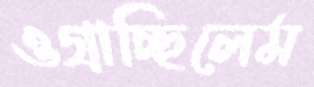
ওগ্‌রাচ্ছিলেম